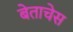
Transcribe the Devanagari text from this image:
बेताचेस